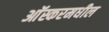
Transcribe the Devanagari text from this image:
आॅस्करमधील